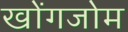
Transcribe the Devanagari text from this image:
खोंगजोम